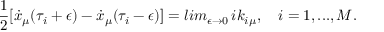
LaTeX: { \frac { 1 } { 2 } } [ \dot { x } _ { \mu } ( \tau _ { i } + \epsilon ) - \dot { x } _ { \mu } ( \tau _ { i } - \epsilon ) ] = l i m _ { \epsilon \rightarrow 0 } \, i k _ { i \mu } , \quad i = 1 , . . . , M .